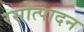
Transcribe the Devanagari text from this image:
रसोत्पादन